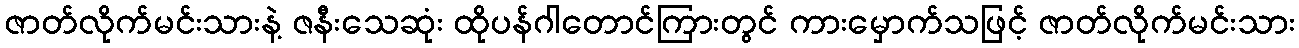
ဇာတ်လိုက်မင်းသားနဲ့ ဇနီးသေဆုံး ထိုပန်ဂါတောင်ကြားတွင် ကားမှောက်သဖြင့် ဇာတ်လိုက်မင်းသား